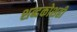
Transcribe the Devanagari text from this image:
शब्दकोशही